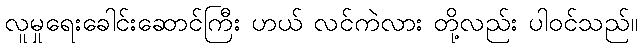
လူမှုရေးခေါင်းဆောင်ကြီး ဟယ် လင်ကဲလား တို့လည်း ပါဝင်သည်။